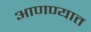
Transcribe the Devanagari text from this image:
आणण्यात